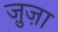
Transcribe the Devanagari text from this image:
ज़ुज़ा